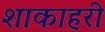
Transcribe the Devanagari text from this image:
शाकाहरी